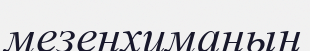
мезенхиманың